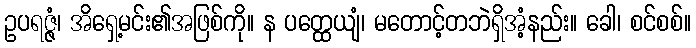
ဥပရဇ္ဇံ၊ အိရှေ့မင်း၏အဖြစ်ကို။ န ပတ္ထေယျံ၊ မတောင့်တဘဲရှိအံ့နည်း။ ခေါ၊ စင်စစ်။